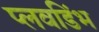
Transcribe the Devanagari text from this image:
प्लवडिंभ